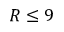
R \leq 9